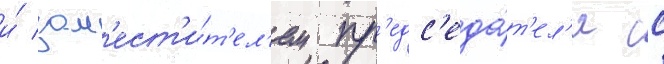
и́ зам'ест'и́т'ел'ем пр'едс'еда́т'ел'я сс